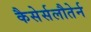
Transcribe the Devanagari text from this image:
कैसेर्सलौतेर्न